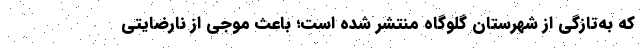
که به‌تازگی از شهرستان گلوگاه منتشر شده است؛ باعث موجی از نارضایتی